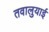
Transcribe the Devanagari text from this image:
तवालुयाई